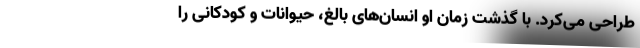
طراحی می‌کرد. با گذشت زمان او انسان‌های بالغ، حیوانات و کودکانی را